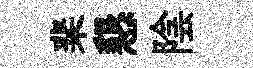
棐懇陰